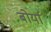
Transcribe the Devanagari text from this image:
बोर्या